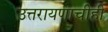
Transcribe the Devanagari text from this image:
उत्तरायणाचीही